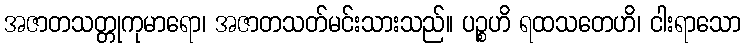
အဇာတသတ္တုကုမာရော၊ အဇာတသတ်မင်းသားသည်။ ပဉ္စဟိ ရထသတေဟိ၊ ငါးရာသော